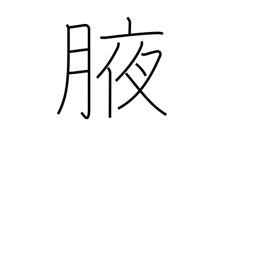
Meaning: armpit